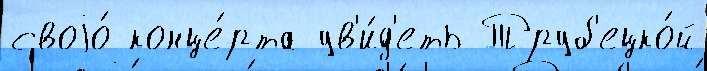
своjо́ конце́рта ув'и́д'еть Труб'ецко́й